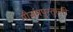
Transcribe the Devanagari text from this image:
मौजमपुरतुल्सी